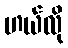
ဟယ်လို